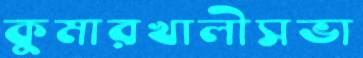
কুমারখালীসভা